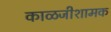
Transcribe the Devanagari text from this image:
काळजीशामक